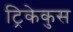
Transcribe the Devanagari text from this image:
ट्रिकेकुस